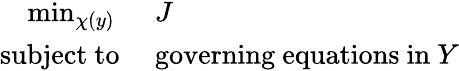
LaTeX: \begin{array}{rl}{\operatorname*{min}_{\chi(y)}~}&{{}J}\\ {\mathrm{subject~to}~}&{{}\mathrm{governing~equations~in~}Y}\end{array}